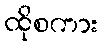
ထိုစကား